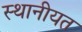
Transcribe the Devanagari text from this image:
स्थानीयत